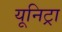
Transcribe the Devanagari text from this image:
यूनिट्रा